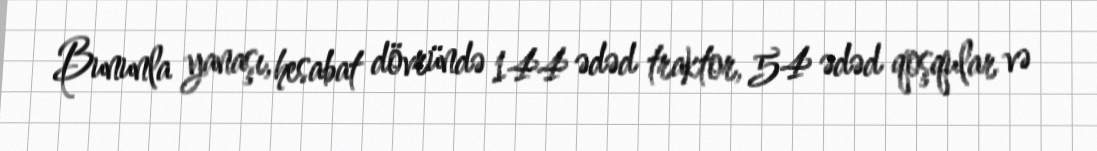
Bununla yanaşı, hesabat dövründə 144 ədəd traktor, 54 ədəd qoşqular və